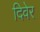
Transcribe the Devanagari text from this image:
दिवेर